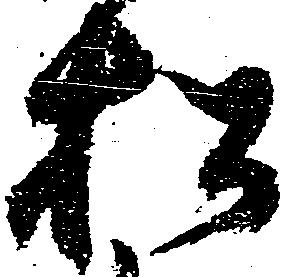
松